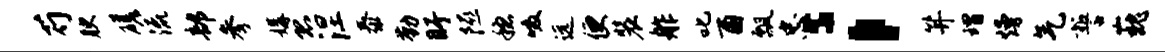
芍腴磋流部参媾恐涅泰勤盱隰稳啜远便装舴叱酉瓢忠；笄瑁熳气誓巍